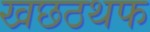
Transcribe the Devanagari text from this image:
खछठथफ